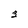
Character: 3